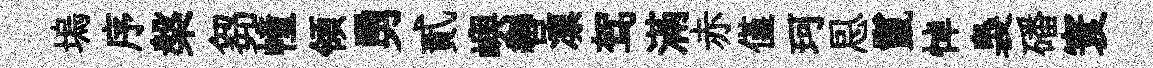
塢序槃芻幢領勇貳嶼轡凛驾滿赤僅珂㤙鬣悼裊磻寰